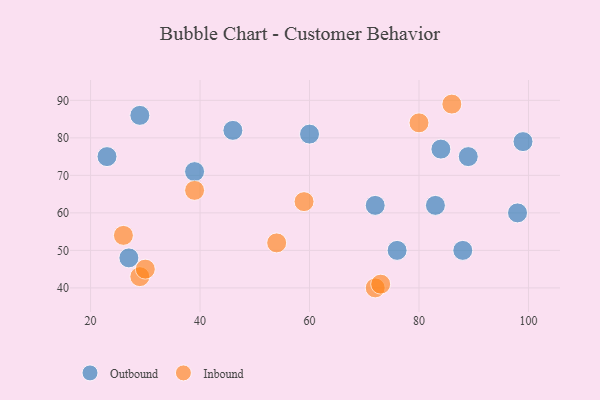
{"axis": {"x": "GDP", "y": "Life Expectancy"}, "legend": ["Inbound", "Outbound"], "data": [{"x": "84", "y": 77, "type": "Outbound"}, {"x": "98", "y": 60, "type": "Outbound"}, {"x": "72", "y": 62, "type": "Outbound"}, {"x": "23", "y": 75, "type": "Outbound"}, {"x": "39", "y": 71, "type": "Outbound"}, {"x": "99", "y": 79, "type": "Outbound"}, {"x": "76", "y": 50, "type": "Outbound"}, {"x": "46", "y": 82, "type": "Outbound"}, {"x": "60", "y": 81, "type": "Outbound"}, {"x": "88", "y": 50, "type": "Outbound"}, {"x": "29", "y": 86, "type": "Outbound"}, {"x": "83", "y": 62, "type": "Outbound"}, {"x": "89", "y": 75, "type": "Outbound"}, {"x": "27", "y": 48, "type": "Outbound"}, {"x": "29", "y": 43, "type": "Inbound"}, {"x": "72", "y": 40, "type": "Inbound"}, {"x": "30", "y": 45, "type": "Inbound"}, {"x": "73", "y": 41, "type": "Inbound"}, {"x": "80", "y": 84, "type": "Inbound"}, {"x": "86", "y": 89, "type": "Inbound"}, {"x": "39", "y": 66, "type": "Inbound"}, {"x": "54", "y": 52, "type": "Inbound"}, {"x": "26", "y": 54, "type": "Inbound"}, {"x": "59", "y": 63, "type": "Inbound"}]}